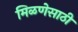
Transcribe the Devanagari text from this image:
मिळणेसाठी